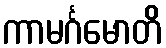
ကာမင်္ဂမောတိ